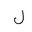
Letter: _lam